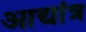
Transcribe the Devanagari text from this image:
आद्यांत्र